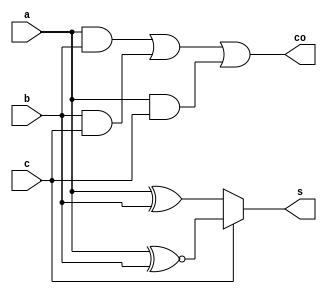
`timescale 1 ns / 10ps

//////////////////////////////////////////////////////////////////////////////////
// Company: Fudan University
// 
// Design Name: 
// Module Name: com42
// Project Name: multiplier
// Target Devices: 
// Tool Versions: 
// Description: 
//              a 32x32 multiplier with booth2 algorithm and jump wallace tree
// Dependencies: 
// 
// Revision:
// Revision 0.01 - File Created
// Additional Comments:
// 
//////////////////////////////////////////////////////////////////////////////////


module fa(
    input a,
    input b,
    input c,
    output co,
    output s
);

assign co = (a&b)|(b&c)|(a&c);
assign s = c ? (a ^~ b) : (a ^ b);

endmodule